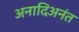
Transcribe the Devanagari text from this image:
अनादिअनंत